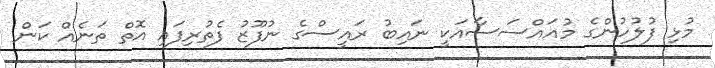
މުޅި ފުލުހުންގެ މުއައްސަސާއަކީ ނައިބު ރައީސްގެ ނުފޫޒު ފެތުރިފައި އޮތް ތަނެއް ކަން